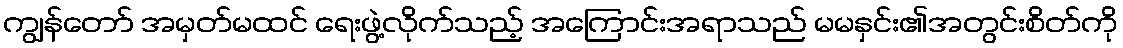
ကျွန်တော် အမှတ်မထင် ရေးဖွဲ့လိုက်သည့် အကြောင်းအရာသည် မမနှင်း၏အတွင်းစိတ်ကို